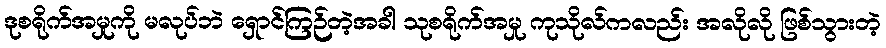
ဒုစရိုက်အမှုကို မလုပ်ဘဲ ရှောင်ကြဉ်တဲ့အခါ သုစရိုက်အမှု ကုသိုလ်ကလည်း အလိုလို ဖြစ်သွားတဲ့